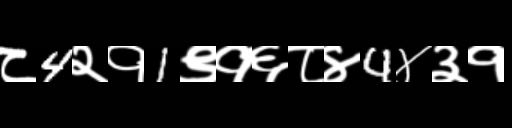
Text: ८4२१1९१६८४4४३१